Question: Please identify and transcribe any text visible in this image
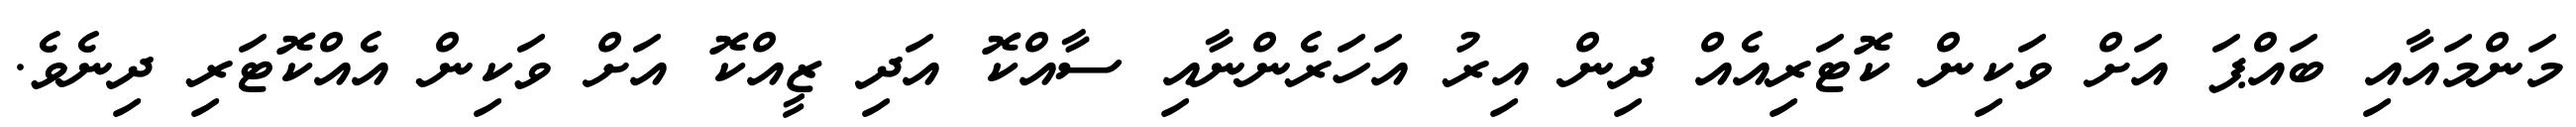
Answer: މަންމައާއި ބައްޕަ އަށް ވަކިން ކޮޓަރިއެއް ދިން އިރު އަހަރެންނާއި ސާއްކޮ އަދި ޒީއްކޮ އަށް ވަކިން އެއްކޮޓަރި ދިނެވެ.